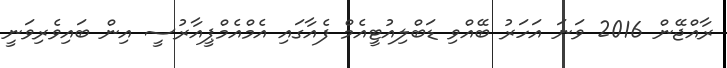
ރާއްޖޭން 2016 ވަނަ އަހަރު ބޭއްވި ޑަބްލިއުޓީއެމް ފެއާގައި އެމްއެމްޕީއާރުސީ އިން ބައިވެރިވަނީ